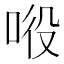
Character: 𱒵